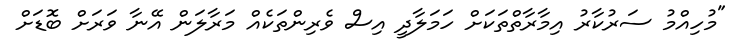
"މުހިއްމު ސަރުކާރު އިމާރާތްތަކަށް ހަމަލާދީ އިސް ވެރިންތަކެއް މަރާލަން އޭނާ ވަރަށް ބޮޑަށް